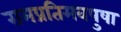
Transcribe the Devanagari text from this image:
रामप्रतिमवपुषा